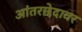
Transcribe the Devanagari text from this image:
आंतरछेदावर